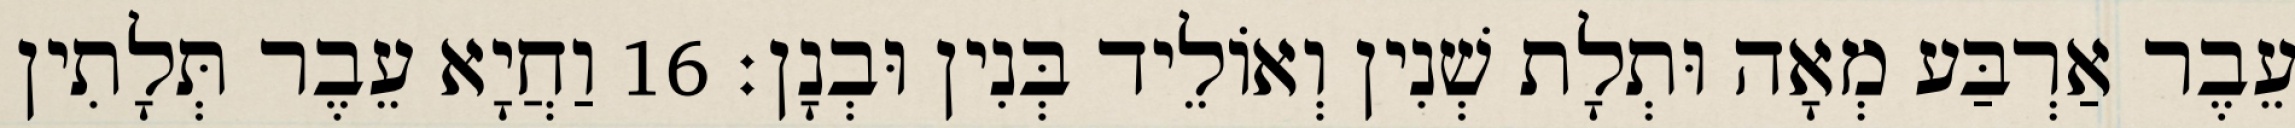
עֵבֶר אַרְבַּע מְאָה וּתְלָת שְׁנִין וְאוֹלֵיד בְּנִין וּבְנָן׃ 16 וַחֲיָא עֵבֶר תְּלָתִין